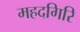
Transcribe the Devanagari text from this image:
महदगिरि